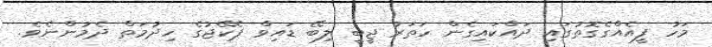
މަހު ފީއެއްގެގޮތުގައި ދައްކައިގެން ހަތަރު ޖީބީ ލިބޭ ޑައިވް ޕެކޭޖުގެ ހިދުމަތް ދެމުންނެވެ.